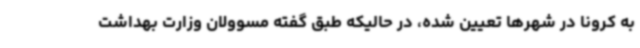
به کرونا در شهرها تعیین شده، در حالیکه طبق گفته‌ مسوولان وزارت بهداشت